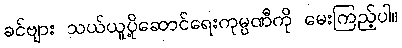
ခင်ဗျား သယ်ယူပို့ဆောင်ရေးကုမ္ပဏီကို မေးကြည့်ပါ။